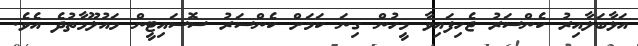
އަޅާބަލާއިރު ކެންސަރު ޖެހިފައިވާ މީހުން ގިނަ ކަމަށް ކެންސަރު ސޮސައިޓީން މައުލޫމާތުދެ އެވެ.